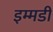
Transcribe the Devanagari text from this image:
इम्मडी